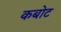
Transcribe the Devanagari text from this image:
कबोट